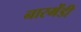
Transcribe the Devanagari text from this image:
नारमेंडी